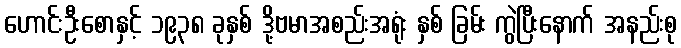
ဟောင်းဦးစောနှင့် ၁၉၃၈ ခုနှစ် ဒို့ဗမာအစည်းအရုံး နှစ် ခြမ်း ကွဲပြီးနောက် အနည်းစု